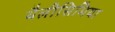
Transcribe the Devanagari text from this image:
थैलीसिमिया